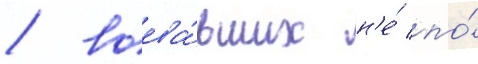
/ воева́вших н'е́ по́